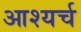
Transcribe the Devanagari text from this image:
आश्यर्च